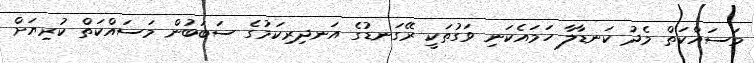
މަސައްކަތް މެދު ކަނޑާލާ ހަމައެކަނި ވަގުތަކީ ރޭގަނޑުގެ އަނދިރިކަމުގެ ސަބަބުން މަސައްކަތް ކުރިޔަށް